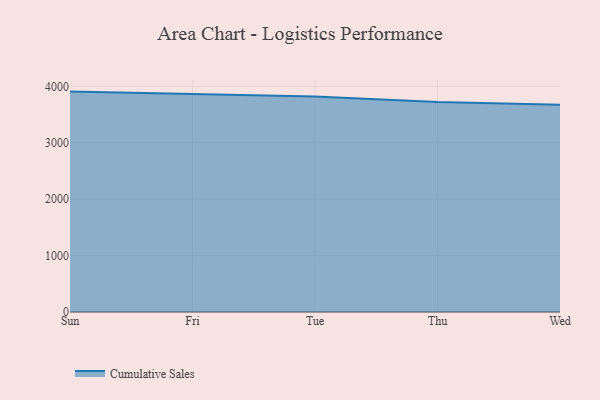
{"axis": {"x": "Day", "y": "Production Output"}, "legend": ["Cumulative Sales"], "data": [{"x": "Sun", "y": 3906.5, "type": "Cumulative Sales"}, {"x": "Fri", "y": 3861.8, "type": "Cumulative Sales"}, {"x": "Tue", "y": 3820.8, "type": "Cumulative Sales"}, {"x": "Thu", "y": 3720.7, "type": "Cumulative Sales"}, {"x": "Wed", "y": 3675.3, "type": "Cumulative Sales"}]}